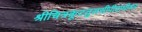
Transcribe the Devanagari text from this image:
श्रीचित्रकूटतुलसीपीठाधीश्वर